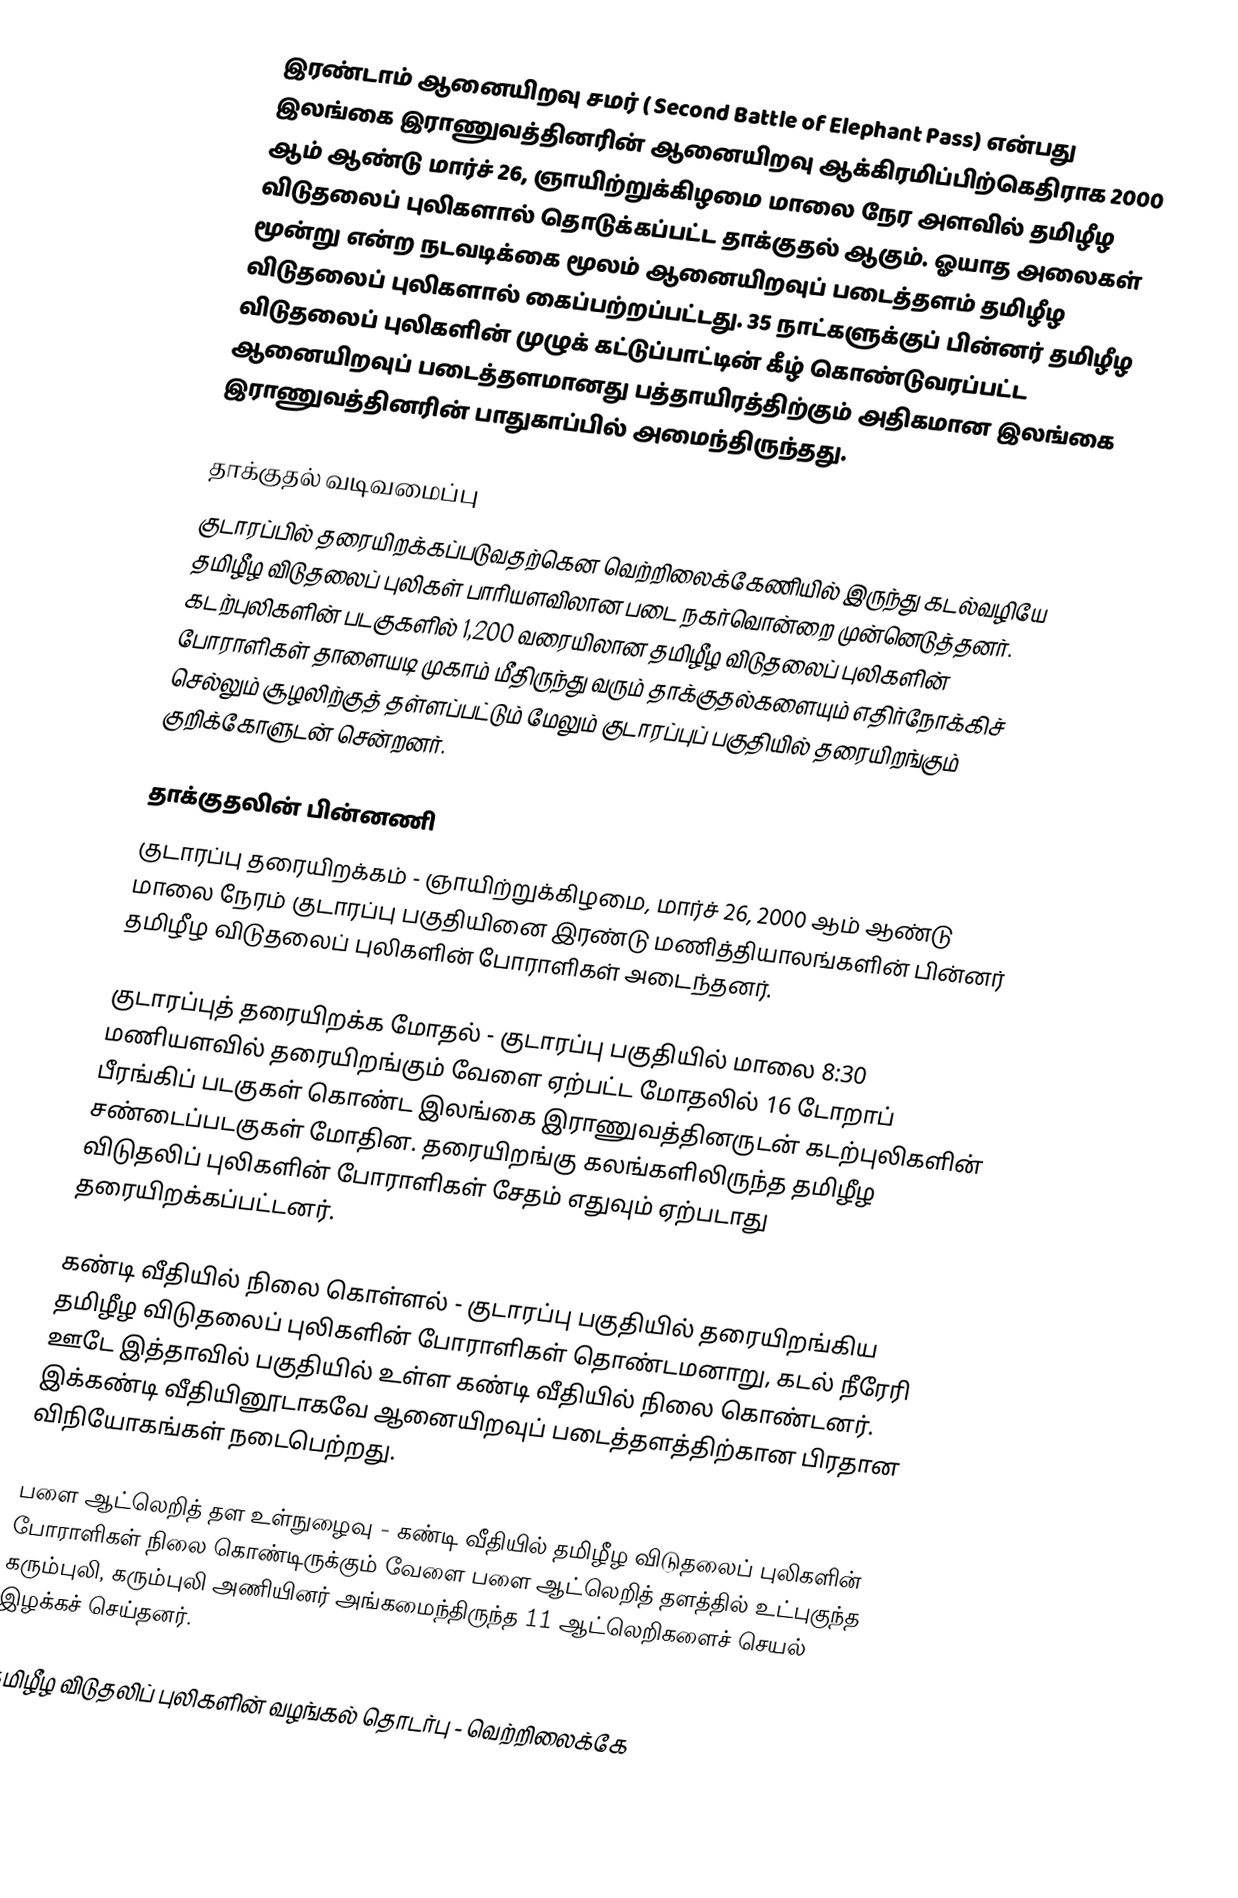
இரண்டாம் ஆனையிறவு சமர் ( Second Battle of Elephant Pass) என்பது இலங்கை இராணுவத்தினரின் ஆனையிறவு ஆக்கிரமிப்பிற்கெதிராக 2000 ஆம் ஆண்டு மார்ச் 26, ஞாயிற்றுக்கிழமை மாலை நேர அளவில் தமிழீழ விடுதலைப் புலிகளால் தொடுக்கப்பட்ட தாக்குதல் ஆகும். ஓயாத அலைகள் மூன்று என்ற நடவடிக்கை மூலம் ஆனையிறவுப் படைத்தளம் தமிழீழ விடுதலைப் புலிகளால் கைப்பற்றப்பட்டது. 35 நாட்களுக்குப் பின்னர் தமிழீழ விடுதலைப் புலிகளின் முழுக் கட்டுப்பாட்டின் கீழ் கொண்டுவரப்பட்ட ஆனையிறவுப் படைத்தளமானது பத்தாயிரத்திற்கும் அதிகமான இலங்கை இராணுவத்தினரின் பாதுகாப்பில் அமைந்திருந்தது.

தாக்குதல் வடிவமைப்பு
குடாரப்பில் தரையிறக்கப்படுவதற்கென வெற்றிலைக்கேணியில் இருந்து கடல்வழியே தமிழீழ விடுதலைப் புலிகள் பாரியளவிலான படை நகர்வொன்றை முன்னெடுத்தனர். கடற்புலிகளின் படகுகளில் 1,200 வரையிலான தமிழீழ விடுதலைப் புலிகளின் போராளிகள் தாளையடி முகாம் மீதிருந்து வரும் தாக்குதல்களையும் எதிர்நோக்கிச் செல்லும் சூழலிற்குத் தள்ளப்பட்டும் மேலும் குடாரப்புப் பகுதியில் தரையிறங்கும் குறிக்கோளுடன் சென்றனர்.

தாக்குதலின் பின்னணி
 குடாரப்பு தரையிறக்கம் - ஞாயிற்றுக்கிழமை, மார்ச் 26, 2000 ஆம் ஆண்டு மாலை நேரம் குடாரப்பு பகுதியினை இரண்டு மணித்தியாலங்களின் பின்னர் தமிழீழ விடுதலைப் புலிகளின் போராளிகள் அடைந்தனர்.

 குடாரப்புத் தரையிறக்க மோதல் - குடாரப்பு பகுதியில் மாலை 8:30 மணியளவில் தரையிறங்கும் வேளை ஏற்பட்ட மோதலில் 16 டோறாப் பீரங்கிப் படகுகள் கொண்ட இலங்கை இராணுவத்தினருடன் கடற்புலிகளின் சண்டைப்படகுகள் மோதின. தரையிறங்கு கலங்களிலிருந்த தமிழீழ விடுதலிப் புலிகளின் போராளிகள் சேதம் எதுவும் ஏற்படாது தரையிறக்கப்பட்டனர்.

 கண்டி வீதியில் நிலை கொள்ளல் - குடாரப்பு பகுதியில் தரையிறங்கிய தமிழீழ விடுதலைப் புலிகளின் போராளிகள் தொண்டமனாறு, கடல் நீரேரி ஊடே இத்தாவில் பகுதியில் உள்ள கண்டி வீதியில் நிலை கொண்டனர். இக்கண்டி வீதியினூடாகவே ஆனையிறவுப் படைத்தளத்திற்கான பிரதான விநியோகங்கள் நடைபெற்றது.

 பளை ஆட்லெறித் தள உள்நுழைவு - கண்டி வீதியில் தமிழீழ விடுதலைப் புலிகளின் போராளிகள் நிலை கொண்டிருக்கும் வேளை பளை ஆட்லெறித் தளத்தில் உட்புகுந்த கரும்புலி, கரும்புலி அணியினர் அங்கமைந்திருந்த 11 ஆட்லெறிகளைச் செயல் இழக்கச் செய்தனர்.

 தமிழீழ விடுதலிப் புலிகளின் வழங்கல் தொடர்பு - வெற்றிலைக்கே